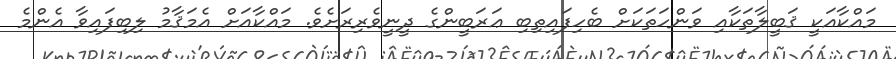
މައްކާއަކީ ޤަބީލާތަކާއި ވަންހަތަކަށް ބެހިފައިތިބި ޢަރަބީންގެ ދީނީވެރިރަށެވެ. މައްކާއަށް އެމަޤާމު ލިބިފައިވާ އެންމެ